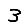
Digit: 3